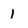
Character: 1